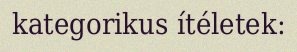
kategorikus ítéletek: